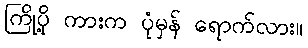
ကြိုပို့ ကားက ပုံမှန် ရောက်လား။